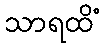
သာရထိံ